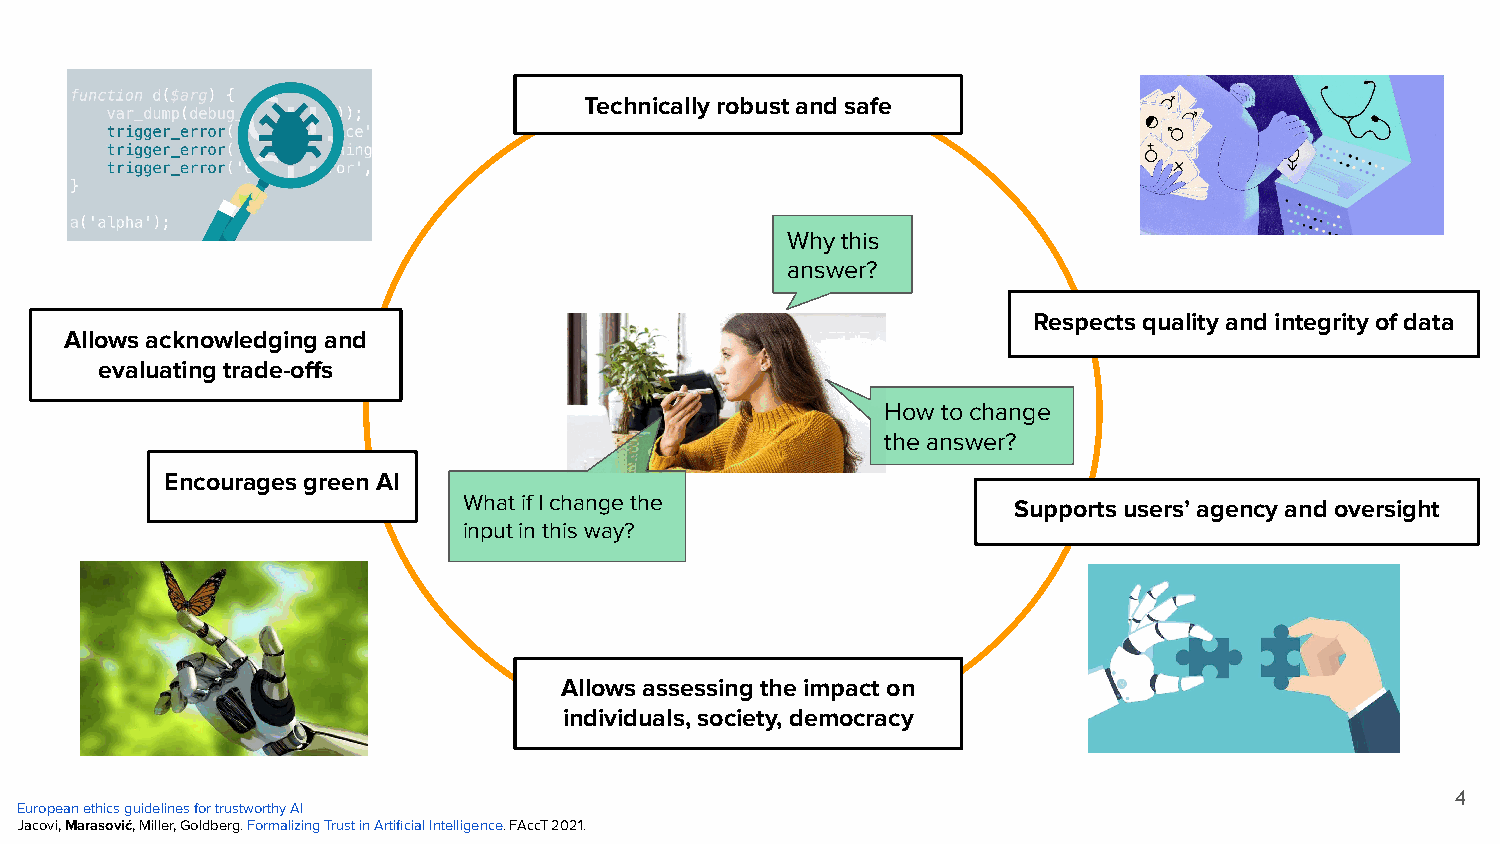
Technically robust and safe
 Why this
 answer?
 Respects quality and integrity of data
 Allows acknowledging and
 evaluating trade-offs
 How to change
 the answer?
 Encourages green AI
 What if I change the                Supports users’ agency and oversight
 input in this way?
 Allows assessing the impact on
 individuals, society, democracy
 4
 European ethics guidelines for trustworthy AI
 Jacovi, Marasović, Miller, Goldberg. Formalizing Trust in Artificial Intelligence. FAccT 2021.